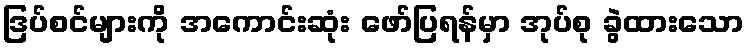
ဒြပ်စင်များကို အကောင်းဆုံး ဖော်ပြရန်မှာ အုပ်စု ခွဲထားသော